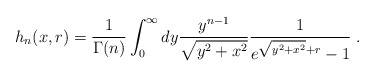
\begin{align*}h_n(x,r) = \frac{1}{\Gamma(n)}\int_0^\infty dy \frac{y^{n-1}}{\sqrt{y^2+x^2}}\frac{1}{e^{\sqrt{y^2+x^2}+r}-1}\;.\end{align*}